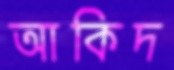
আকিদ